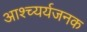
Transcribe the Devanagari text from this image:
आश्च्यर्यजनक